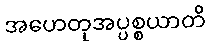
အဟေတုအပ္ပစ္စယာတိ